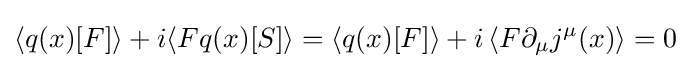
\langle q(x)[F]\rangle +i\langle Fq(x)[S]\rangle =\langle q(x)[F]\rangle +i\left\langle F\partial _{\mu }j^{\mu }(x)\right\rangle =0